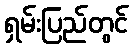
ရှမ်းပြည်တွင်